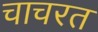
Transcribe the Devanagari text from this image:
चाचरत